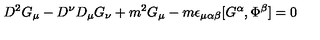
D ^ { 2 } G _ { \mu } - D ^ { \nu } D _ { \mu } G _ { \nu } + m ^ { 2 } G _ { \mu } - m \epsilon _ { \mu \alpha \beta } [ G ^ { \alpha } , \Phi ^ { \beta } ] = 0